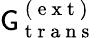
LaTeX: \mathsf{G}_{\mathrm{{~t~r~a~n~s~}}}^{\mathrm{{~(~e~x~t~)~}}}